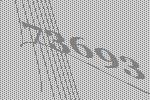
73693